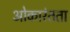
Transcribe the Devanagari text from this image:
ओकारंतता